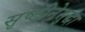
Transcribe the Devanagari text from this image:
सृष्टीनेसुद्धा